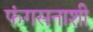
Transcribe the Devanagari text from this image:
फंगसनाशी